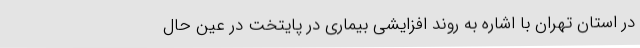
در استان تهران با اشاره به روند افزایشی بیماری در پایتخت در عین حال